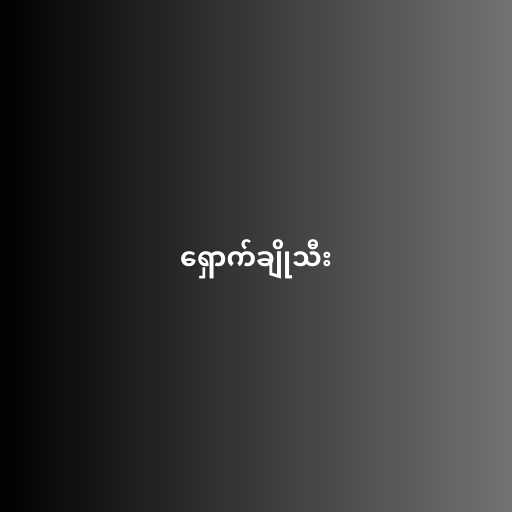
ရှောက်ချိုသီး